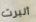
ألبرت